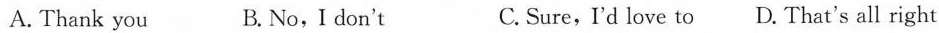
A. Thank you B. No, I don't C.Sure, I'd love to D. That's all right